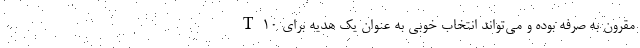
T10 مقرون به صرفه بوده و می‌تواند انتخاب خوبی به عنوان یک هدیه برای